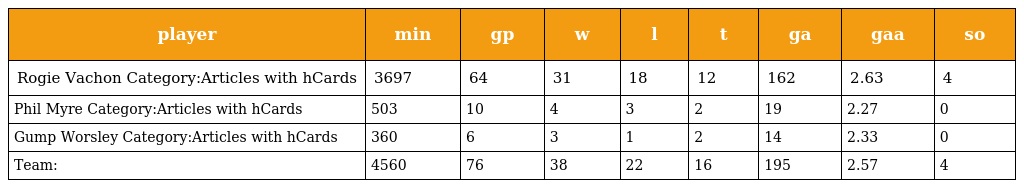
| player | min | gp | w | l | t | ga | gaa | so |
 | --- | --- | --- | --- | --- | --- | --- | --- | --- |
 | Rogie Vachon Category:Articles with hCards | 3697 | 64 | 31 | 18 | 12 | 162 | 2.63 | 4 |
 | Phil Myre Category:Articles with hCards | 503 | 10 | 4 | 3 | 2 | 19 | 2.27 | 0 |
 | Gump Worsley Category:Articles with hCards | 360 | 6 | 3 | 1 | 2 | 14 | 2.33 | 0 |
 | Team: | 4560 | 76 | 38 | 22 | 16 | 195 | 2.57 | 4 |